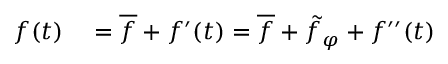
\begin{array} { r l } { f ( t ) } & { { } = \overline { { f } } + f ^ { \prime } ( t ) = \overline { { f } } + \tilde { f } _ { \varphi } + f ^ { \prime \prime } ( t ) } \end{array}